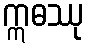
ဣဓဿု